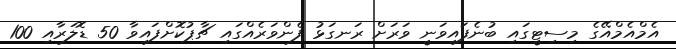
އެމްއެމްއޭގެ މިސިޓީގައި ބުނެފައިވަނީ ވަރަށް ރަނގަޅު ފެންވަރެއްގައި ޗާޕުކޮށްފައިވާ 50 ޑޮލަރާއި 100